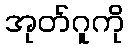
အုတ်ဂူကို